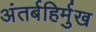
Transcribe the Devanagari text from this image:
अंतर्बहिर्मुख